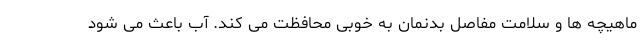
ماهیچه ها و سلامت مفاصل بدنمان به خوبی محافظت می کند. آب باعث می شود